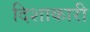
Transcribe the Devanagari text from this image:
दिशाकारी